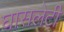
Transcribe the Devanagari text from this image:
घासलेटी